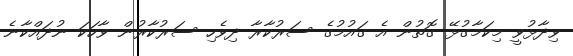
ވިދާޅުވީ މިކަމާގުޅޭ ގޮތުން އެ ގައުމުގެ ސަރުކާރާ ދިވެހި ސަރުކާރުން ވާހަކަ ނުދައްކާނެ